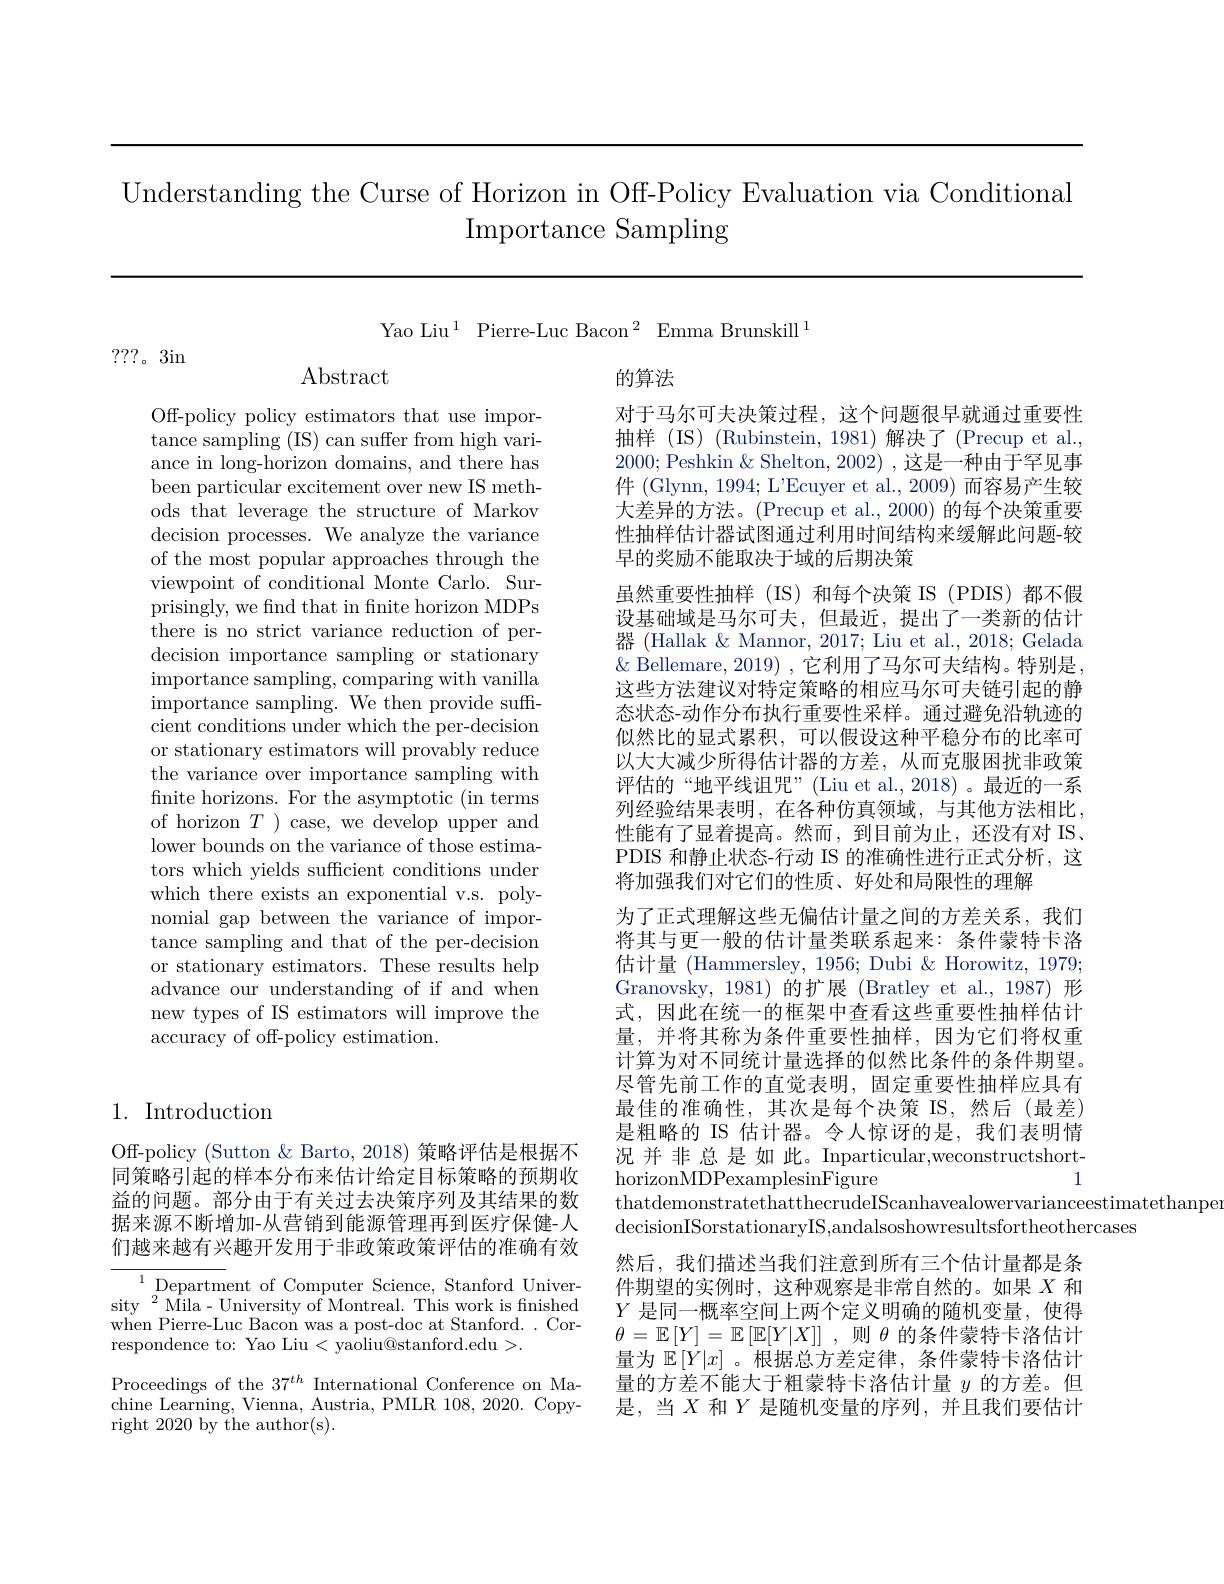
Understanding the Curse of Horizon in Off-Policy Evaluation via Conditional
# Importance Sampling

Yao Liu$^1$ Pierre-Luc Bacon$^2$ Emma Brunskill$^1$

???。3in

Abstract

Off-policy policy estimators that use importance sampling (IS) can suffer from high variance in long-horizon domains, and there has been particular excitement over new IS methods that leverage the structure of Markov decision processes. We analyze the variance of the most popular approaches through the viewpoint of conditional Monte Carlo. Surprisingly, we find that in finite horizon MDPs there is no strict variance reduction of perdecision importance sampling or stationary importance sampling, comparing with vanilla importance sampling. We then provide suffcient conditions under which the per-decision or stationary estimators will provably reduce the variance over importance sampling with finite horizons. For the asymptotic (in terms of horizon $T$ ) case, we develop upper and lower bounds on the variance of those estimators which yields sufficient conditions under which there exists an exponential v.s. polynomial gap between the variance of importance sampling and that of the per-decision or stationary estimators. These results help advance our understanding of if and when new types of IS estimators will improve the accuracy of off-policy estimation.

## 1. Introduction

Off-policy (Sutton & Barto, 2018) 策略评估是根据不同策略引起的样本分布来估计给定目标策略的预期收益的问题。部分由于有关过去决策序列及其结果的数据来源不断增加-从营销到能源管理再到医疗保健-人们越来越有兴趣开发用于非政策政策评估的准确有效

$^{1}$Department of Computer Science, Stanford University$^2$Mila-University of Montreal. This work is fnished when Pierre-Luc Bacon was a post-doc at Stanford. . Correspondence to: Yao Liu< yaoliu@stanford.edu>.
Proceedings of the $37^{th}$ International Conference on Machine Learning, Vienna, Austria, PMLR 108, 2020. Copyright 2020 by the author(s).

的算法
对于马尔可夫决策过程，这个问题很早就通过重要性抽样(IS)(Rubinstein,1981)解决了(Precup et al., 2000; Peshkin & Shelton, 2002) ,这是一种由于罕见事件 (Glynn, 1994; L'Ecuyer et al.,2009) 而容易产生较大差异的方法。(Precup et al., 2000) 的每个决策重要性抽样估计器试图通过利用时间结构来缓解此问题-较早的奖励不能取决于域的后期决策
虽然重要性抽样(IS)和每个决策 IS (PDIS)都不假设基础域是马尔可夫，但最近，提出了一类新的估计器 (Hallak & Mannor, 2017; Liu et al., 2018; Gelada $\&$ Bellemare, 2019) , 它利用了马尔可夫结构。特别是， 这些方法建议对特定策略的相应马尔可夫链引起的静态状态-动作分布执行重要性采样。通过避免沿轨迹的似然比的显式累积，可以假设这种平稳分布的比率可以大大减少所得估计器的方差，从而克服困扰非政策评估的“地平线诅咒”(Liu et al.,2018)。最近的一系列经验结果表明，在各种仿真领域，与其他方法相比， 性能有了显着提高。然而，到目前为止，还没有对 IS、 PDIS 和静止状态-行动 IS 的准确性进行正式分析，这将加强我们对它们的性质、好处和局限性的理解
为了正式理解这些无偏估计量之间的方差关系，我们将其与更一般的估计量类联系起来：条件蒙特卡洛估计量 (Hammersley, 1956; Dubi & Horowitz, 1979; Granovsky, 1981)的扩展(Bratley et al., 1987) 形式，因此在统一的框架中查看这些重要性抽样估计量，并将其称为条件重要性抽样，因为它们将权重计算为对不同统计量选择的似然比条件的条件期望。尽管先前工作的直觉表明，固定重要性抽样应具有最佳的准确性，其次是每个决策 IS,然后(最差) 是粗略的 IS 估计器。令人惊讶的是，我们表明情况并非总是如此。Inparticular,weconstructshort- ${\mathrm{horizonMDPexamplesinFigure}}$
$\begin{array}{c}\text{thatdemonstratethatthecrudeIScanhavealowervarianceestimatethanpe}\\\end{array}$
${\mathrm{decision}}$ISorstationaryIS,andalsoshowresultsfortheothercases
然后，我们描述当我们注意到所有三个估计量都是条件期望的实例时，这种观察是非常自然的。如果$X$和$Y$是同一概率空间上两个定义明确的随机变量，使得$\theta=\mathbb{E}\left[Y\right]=\mathbb{E}\left[\mathbb{E}[Y|X]\right]$,则$\theta$的条件蒙特卡洛估计量为$\mathbb{E}\left[Y|x\right]$。根据总方差定律，条件蒙特卡洛估计量的方差不能大于粗蒙特卡洛估计量$y$的方差。但是，当$X$和$Y$是随机变量的序列，并且我们要估计